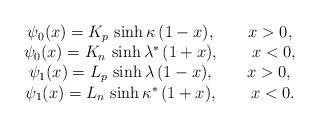
LaTeX: \begin{align*}\begin{array}{c} \psi_0(x)=K_p\,\sinh \kappa\,(1-x), \ \ \ \ \ \ x > 0,\\ \psi_0(x)=K_n\,\sinh \lambda^*\,(1+x), \ \ \ \ \ \ x < 0,\\ \psi_1(x)=L_p\,\sinh \lambda\,(1-x), \ \ \ \ \ \ x > 0,\\ \psi_1(x)=L_n\,\sinh \kappa^*\,(1+x), \ \ \ \ \ \ x < 0. \end{array}\end{align*}